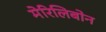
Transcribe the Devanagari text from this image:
मेरिलिबोन